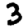
Digit: 3